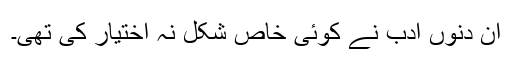
ان دنوں ادب نے کوئی خاص شکل نہ اختیار کی تھی۔